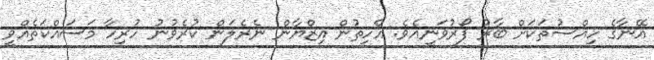
އޭނާގެ ހިއްސުތަކަށް ބާރު ފޯރުވަނީއެވެ. އެހިތުން އިޒްޔާން ނެރެލަން ކުރެވުނު ހުރިހާ މަސައްކަތެއްވީ